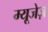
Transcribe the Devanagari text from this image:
म्यूजेज़